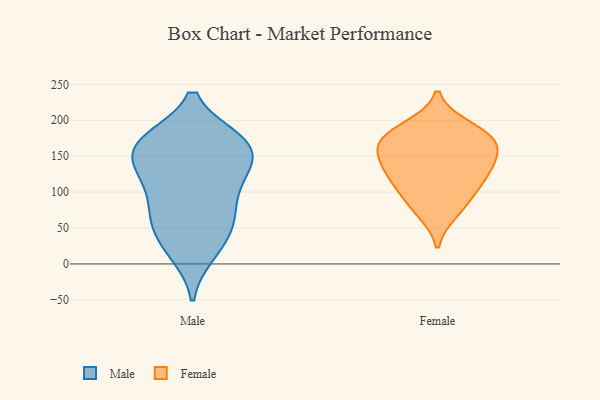
{"axis": {"x": "Population (Million)", "y": "Value"}, "legend": ["Female", "Male"], "data": [{"x": "", "y": 172, "type": "Male"}, {"x": "", "y": 136, "type": "Male"}, {"x": "", "y": 171, "type": "Male"}, {"x": "", "y": 15, "type": "Male"}, {"x": "", "y": 87, "type": "Male"}, {"x": "", "y": 133, "type": "Male"}, {"x": "", "y": 102, "type": "Male"}, {"x": "", "y": 127, "type": "Male"}, {"x": "", "y": 52, "type": "Male"}, {"x": "", "y": 65, "type": "Male"}, {"x": "", "y": 70, "type": "Male"}, {"x": "", "y": 173, "type": "Male"}, {"x": "", "y": 165, "type": "Male"}, {"x": "", "y": 19, "type": "Male"}, {"x": "", "y": 161, "type": "Male"}, {"x": "", "y": 45, "type": "Male"}, {"x": "", "y": 129, "type": "Male"}, {"x": "", "y": 173, "type": "Male"}, {"x": "", "y": 162, "type": "Female"}, {"x": "", "y": 89, "type": "Female"}, {"x": "", "y": 73, "type": "Female"}, {"x": "", "y": 190, "type": "Female"}, {"x": "", "y": 125, "type": "Female"}, {"x": "", "y": 142, "type": "Female"}, {"x": "", "y": 177, "type": "Female"}, {"x": "", "y": 177, "type": "Female"}, {"x": "", "y": 163, "type": "Female"}, {"x": "", "y": 111, "type": "Female"}, {"x": "", "y": 130, "type": "Female"}]}